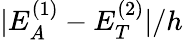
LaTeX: |E_{A}^{(1)}-E_{T}^{(2)}|/h